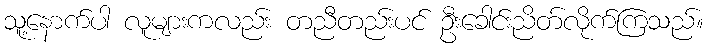
သူ့နောက်ပါ လူများကလည်း တညီတည်းပင် ဦးခေါင်းညိတ်လိုက်ကြသည်။